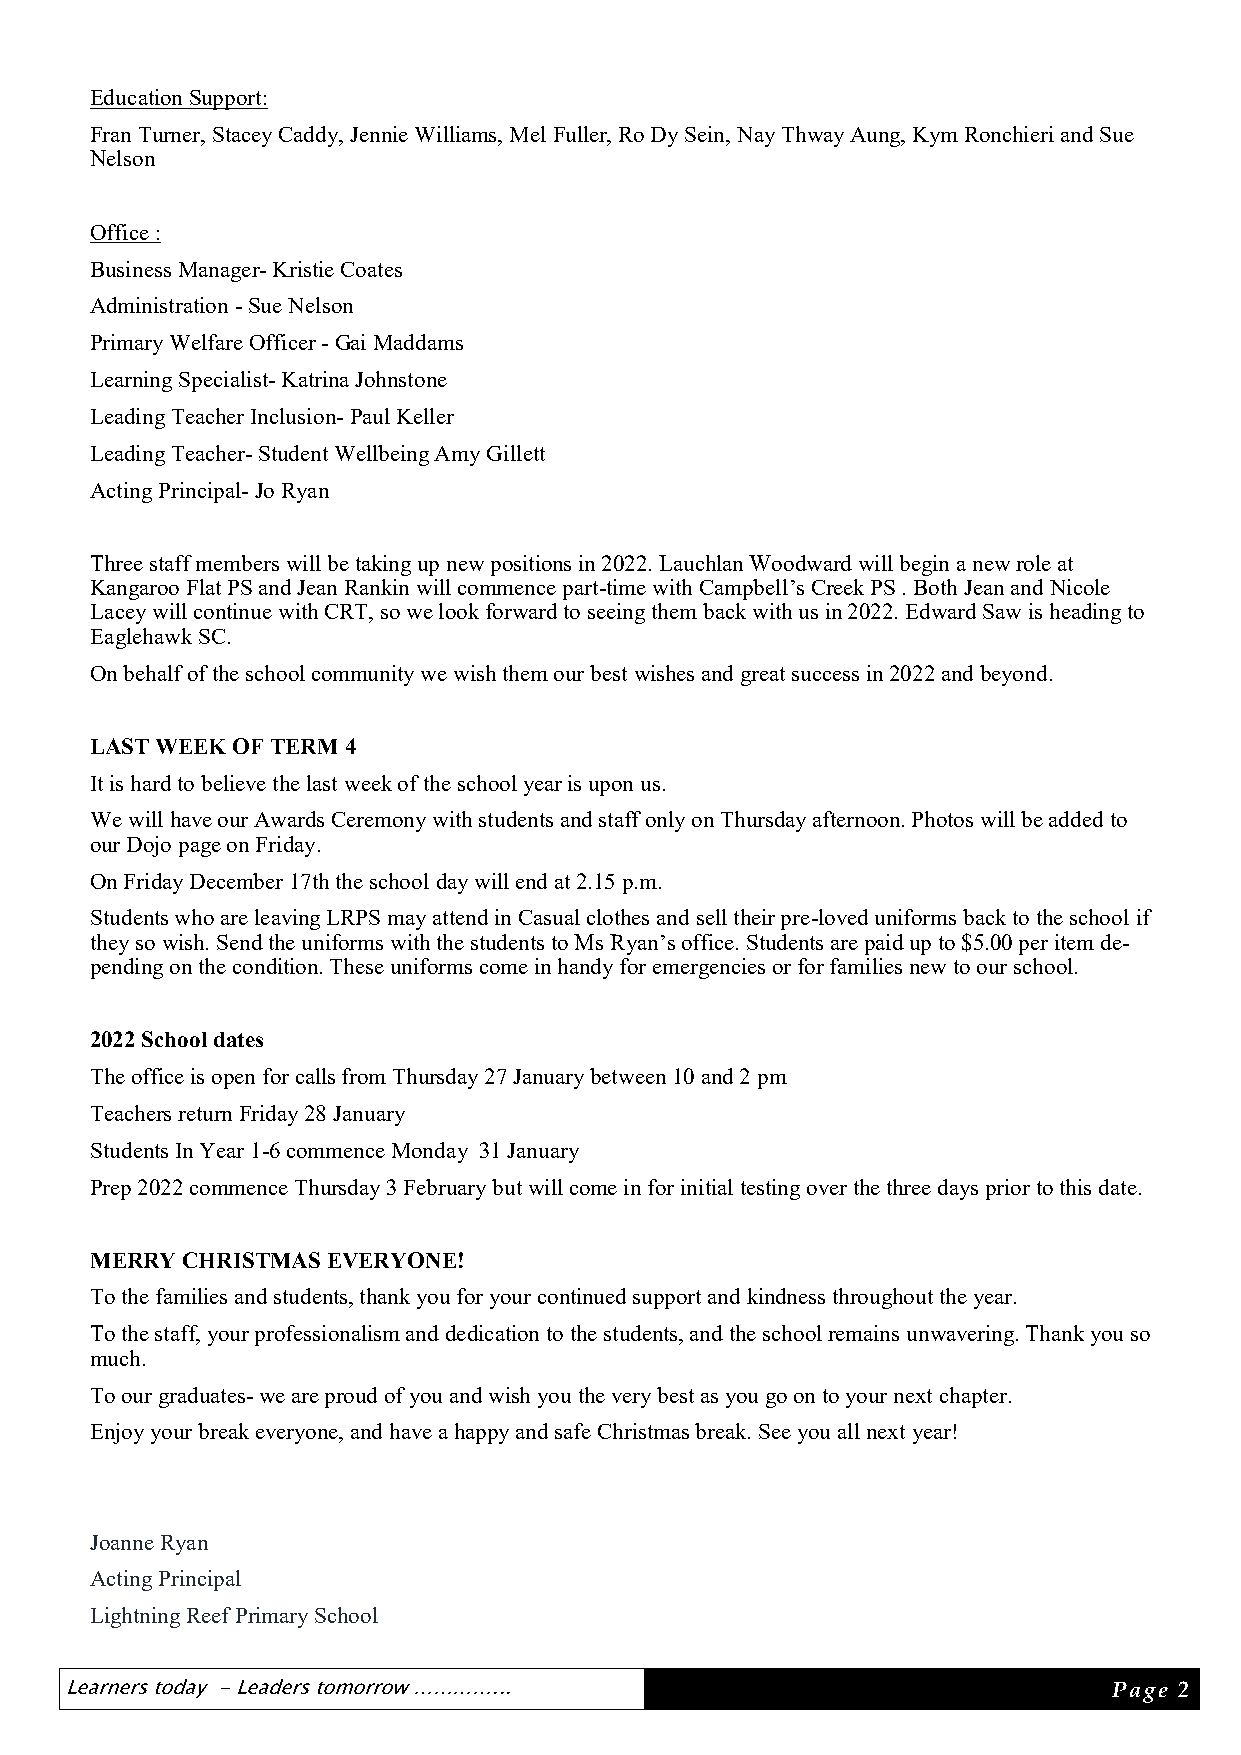
Education Support:
 Fran Turner, Stacey Caddy, Jennie Williams, Mel Fuller, Ro Dy Sein, Nay Thway Aung, Kym Ronchieri and Sue
 Nelson
 Office :
 Business Manager- Kristie Coates
 Administration - Sue Nelson
 Primary Welfare Officer - Gai Maddams
 Learning Specialist- Katrina Johnstone
 Leading Teacher Inclusion- Paul Keller
 Leading Teacher- Student Wellbeing Amy Gillett
 Acting Principal- Jo Ryan
 Three staff members will be taking up new positions in 2022. Lauchlan Woodward will begin a new role at
 Kangaroo Flat PS and Jean Rankin will commence part-time with Campbell’s Creek PS . Both Jean and Nicole
 Lacey will continue with CRT, so we look forward to seeing them back with us in 2022. Edward Saw is heading to
 Eaglehawk SC.
 On behalf of the school community we wish them our best wishes and great success in 2022 and beyond.
 LAST WEEK OF TERM 4
 It is hard to believe the last week of the school year is upon us.
 We will have our Awards Ceremony with students and staff only on Thursday afternoon. Photos will be added to
 our Dojo page on Friday.
 On Friday December 17th the school day will end at 2.15 p.m.
 Students who are leaving LRPS may attend in Casual clothes and sell their pre-loved uniforms back to the school if
 they so wish. Send the uniforms with the students to Ms Ryan’s office. Students are paid up to $5.00 per item de-
 pending on the condition. These uniforms come in handy for emergencies or for families new to our school.
 2022 School dates
 The office is open for calls from Thursday 27 January between 10 and 2 pm
 Teachers return Friday 28 January
 Students In Year 1-6 commence Monday 31 January
 Prep 2022 commence Thursday 3 February but will come in for initial testing over the three days prior to this date.
 MERRY CHRISTMAS EVERYONE!
 To the families and students, thank you for your continued support and kindness throughout the year.
 To the staff, your professionalism and dedication to the students, and the school remains unwavering. Thank you so
 much.
 To our graduates- we are proud of you and wish you the very best as you go on to your next chapter.
 Enjoy your break everyone, and have a happy and safe Christmas break. See you all next year!
 Joanne Ryan
 Acting Principal
 Lightning Reef Primary School
 Learners today - Leaders tomorrow …………...                             Page 2